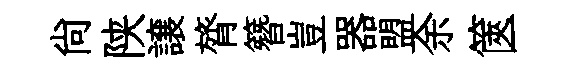
尙陕譲膂簪豈器盟余篋